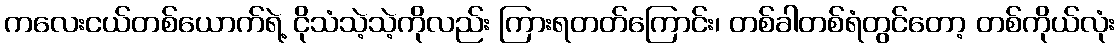
ကလေးငယ်တစ်ယောက်ရဲ့ ငိုသံသဲ့သဲ့ကိုလည်း ကြားရတတ်ကြောင်း၊ တစ်ခါတစ်ရံတွင်တော့ တစ်ကိုယ်လုံး